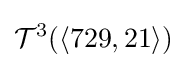
{\mathcal {T}}^{3}(\langle 729,21\rangle )